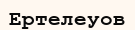
Ертелеуов